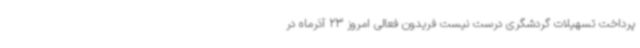
پرداخت تسهیلات گردشگری درست نیست فریدون فعالی امروز 23 آذرماه در